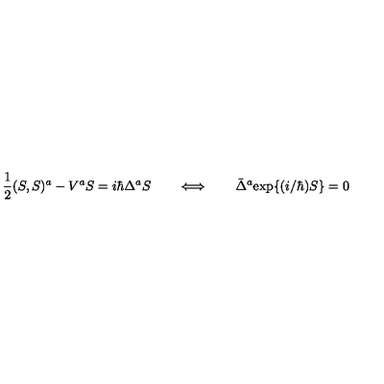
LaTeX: \mathrm { \frac { 1 } { 2 } } ( S , S ) ^ { a } - V ^ { a } S = i \hbar \Delta ^ { a } S \qquad \Longleftrightarrow \qquad \bar { \Delta } ^ { a } \mathrm { e x p } \{ ( i / \hbar ) S \} = 0